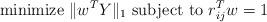
LaTeX: \begin{align*}\textrm{minimize } \|w^T Y\|_1 \textrm{ subject to } r_{ij}^T w = 1\end{align*}